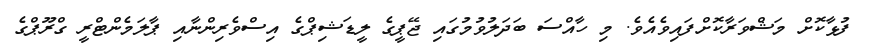
ފުޅާކޮށް މަޝްވަރާކޮށްފައިވެއެވެ. މި ހާއްސަ ބަދަލުވުމުގައި ޖޭޕީގެ ލީޑަޝިޕްގެ އިސްވެރިންނާއި ޕާލަމެންޓްރީ ގްރޫޕްގެ